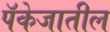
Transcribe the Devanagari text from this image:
पॅकेजातील